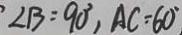
\angle B = 9 0 ^ { \circ } , A C = 6 0 ^ { \circ } ,